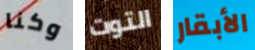
وكنا التوت الأبقار